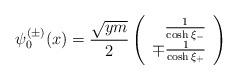
LaTeX: \begin{align*}\psi_{0}^{(\pm)}(x) = \frac{\sqrt{ym}}{2} \left(\begin{array}{r} \frac{1}{\cosh \xi_{-}} \\ \mp \frac{1}{\cosh \xi_{+}}\end{array} \right)\end{align*}